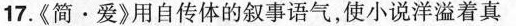
17.\ll简\cdot 爱\gg 用自传体的叙事语气，使小说洋溢着真